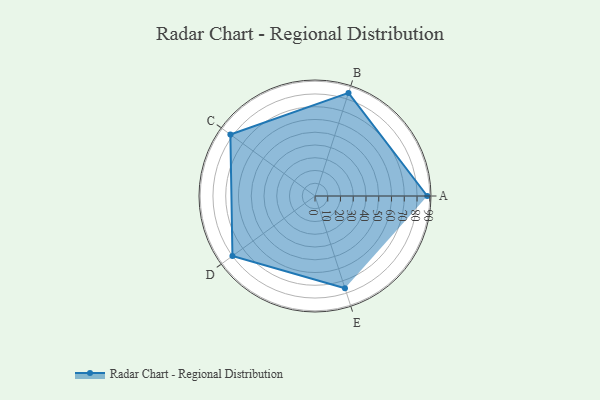
{"axis": {"x": "Skill", "y": "Score"}, "legend": ["Profile"], "data": [{"x": "A", "y": 88.0, "type": "Profile"}, {"x": "B", "y": 85.0, "type": "Profile"}, {"x": "C", "y": 82.0, "type": "Profile"}, {"x": "D", "y": 80.0, "type": "Profile"}, {"x": "E", "y": 76.0, "type": "Profile"}]}